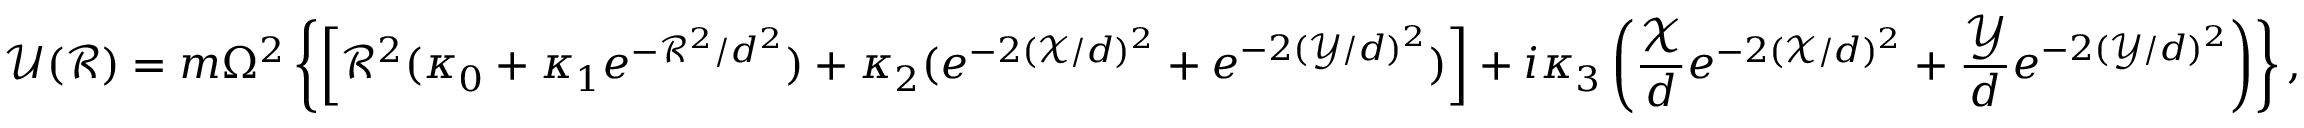
\mathcal { U } ( \mathcal { R } ) = m \Omega ^ { 2 } \left\{ \left[ \mathcal { R } ^ { 2 } ( \kappa _ { 0 } + \kappa _ { 1 } e ^ { - \mathcal { R } ^ { 2 } / d ^ { 2 } } ) + \kappa _ { 2 } ( e ^ { - 2 ( \mathcal { X } / d ) ^ { 2 } } + e ^ { - 2 ( \mathcal { Y } / d ) ^ { 2 } } ) \right] + i \kappa _ { 3 } \left( \frac { \mathcal { X } } { d } e ^ { - 2 ( \mathcal { X } / d ) ^ { 2 } } + \frac { \mathcal { Y } } { d } e ^ { - 2 ( \mathcal { Y } / d ) ^ { 2 } } \right) \right\} ,